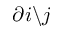
\partial i \backslash j